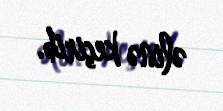
əlinə keçirib.